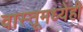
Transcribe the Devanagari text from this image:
वास्तूमध्येही